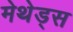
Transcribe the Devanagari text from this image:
मेथेड्स